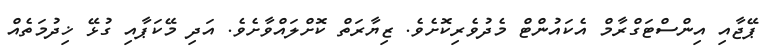
ޕޭޖާއި އިންސްޓަގްރާމް އެކައުންޓް މެދުވެރިކޮށެވެ. ޒިޔާރަތް ކޮށްލައްވާށެވެ. އަދި މޭކަޕާއި ގުޅޭ ޚިދުމަތެއް